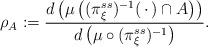
\begin{align*}\rho _A := \frac{d \left( \mu \left( ( \pi ^{ss} _\xi ) ^{-1} ( \, \cdot \, ) \cap A \right) \right) }{d \left( \mu \circ ( \pi ^{ss} _\xi ) ^{-1} \right)} .\end{align*}